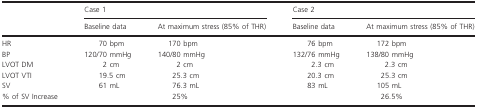
<table><thead><tr><td rowspan="2">[EMPTY_CELL]</td><td colspan="2"><b>Case 1</b></td><td colspan="2"><b>Case 2</b></td></tr><tr><td><b>Baseline data</b></td><td><b>At maximum stress (85% of THR)</b></td><td><b>Baseline data</b></td><td><b>At maximum stress (85% of THR)</b></td></tr></thead><tbody><tr><td>HR</td><td>70 bpm</td><td>170 bpm</td><td>76 bpm</td><td>172 bpm</td></tr><tr><td>BP</td><td>120/70 mmHg</td><td>140/80 mmHg</td><td>132/76 mmHg</td><td>138/80 mmHg</td></tr><tr><td>LVOT DM</td><td>2 cm</td><td>2 cm</td><td>2.3 cm</td><td>2.3 cm</td></tr><tr><td>LVOT VTI</td><td>19.5 cm</td><td>25.3 cm</td><td>20.3 cm</td><td>25.3 cm</td></tr><tr><td>SV</td><td>61 mL</td><td>76.3 mL</td><td>83 mL</td><td>105 mL</td></tr><tr><td>% of SV Increase</td><td>[EMPTY_CELL]</td><td>25%</td><td>[EMPTY_CELL]</td><td>26.5%</td></tr></tbody></table>